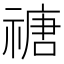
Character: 禟